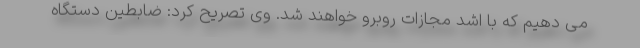
می دهیم که با اشد مجازات روبرو خواهند شد. وی تصریح کرد: ضابطین دستگاه